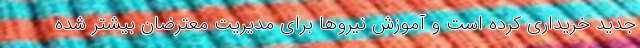
جدید خریداری کرده است و آموزش نیروها برای مدیریت معترضان بیشتر شده